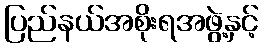
ပြည်နယ်အစိုးရအဖွဲ့နှင့်